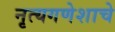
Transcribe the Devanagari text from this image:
नृत्यगणेशाचे